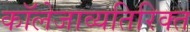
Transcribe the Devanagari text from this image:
कॉलेजाव्यतिरिक्त